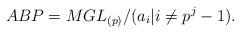
LaTeX: \begin{align*}ABP = MGL_{(p)}/(a_i| i \ne p^j-1).\end{align*}